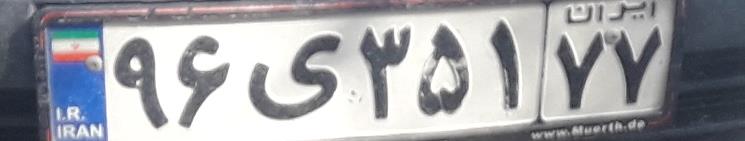
۹۶ی۳۵۱۷۷